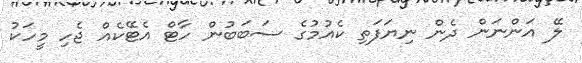
ލޭ އަންނަން ދެން ނިޔަފަތި ކެއުމުގެ ސަބަބުން ހާޓް އެޓޭކެއް ޖެހި މީހަކު